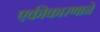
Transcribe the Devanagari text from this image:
एकीकारणाने